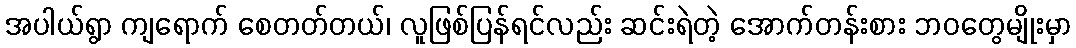
အပါယ်ရွာ ကျရောက် စေတတ်တယ်၊ လူဖြစ်ပြန်ရင်လည်း ဆင်းရဲတဲ့ အောက်တန်းစား ဘဝတွေမျိုးမှာ